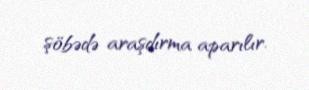
şöbədə araşdırma aparılır.